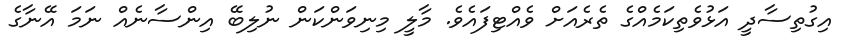
އިގުތިސާދީ އަޅުވެތިކަމެއްގެ ތެރެއަށް ވެއްޓިފައެވެ. މާލީ މިނިވަންކަން ނުލިބޭ އިންސާނެއް ނަމަ އޭނާގެ